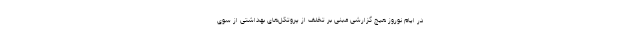
در ایام نوروز هیچ گزارشی مبنی بر تخلف از پروتکل‌های بهداشتی از سوی